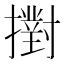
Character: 𢷮